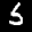
Label: 5